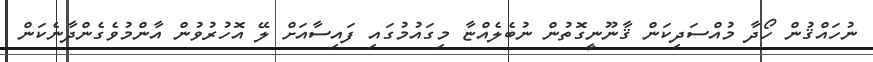
ނުހައްޤުން ހޯދާ މުއްސަދިކަން ޤާނޫނީގޮތުން ނުބެލެއްޏާ މިގައުމުގައި ފައިސާއަށް ލޭ އޮހުރުވުން އާންމުވެގެންދާނެކަން